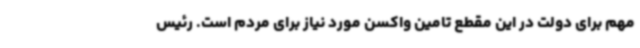
مهم برای دولت در این مقطع تامین واکسن مورد نیاز برای مردم است. رئیس